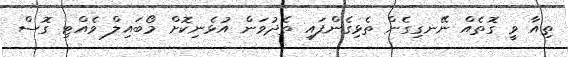
ތިއާ ވީ ގޮތެއް ނޭނގިގެން ތެޅިގެންފައި ތެދުވަން އުޅެނިކޮށް މޯބައިލް ވެއްޓި ގޮސް